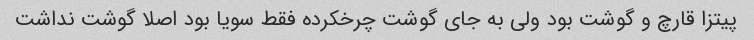
پیتزا قارچ و گوشت بود ولی به جای گوشت چرخکرده فقط سویا بود اصلا گوشت نداشت